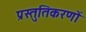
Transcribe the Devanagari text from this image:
प्रस्तुतिकरणों